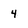
Character: 4